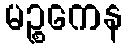
မဉ္စကေန